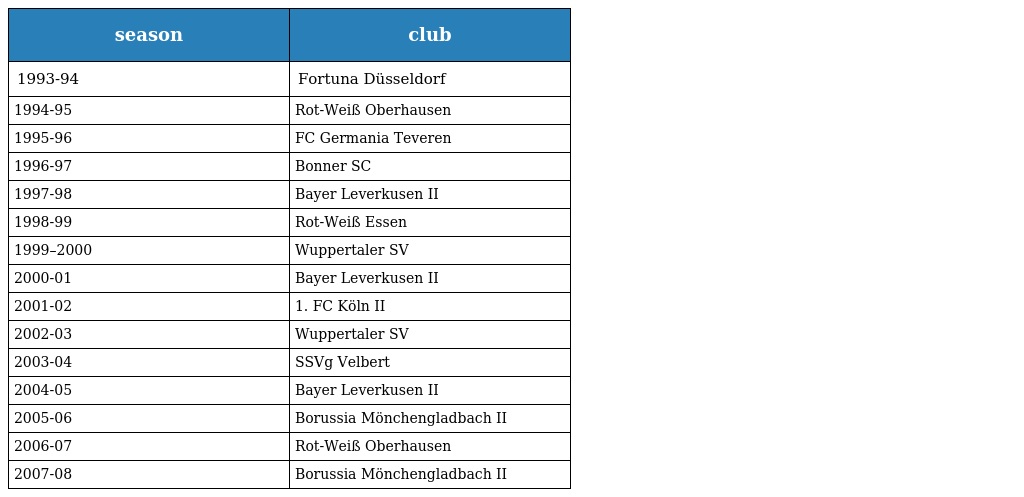
| season | club |
 | --- | --- |
 | 1993-94 | Fortuna Düsseldorf |
 | 1994-95 | Rot-Weiß Oberhausen |
 | 1995-96 | FC Germania Teveren |
 | 1996-97 | Bonner SC |
 | 1997-98 | Bayer Leverkusen II |
 | 1998-99 | Rot-Weiß Essen |
 | 1999–2000 | Wuppertaler SV |
 | 2000-01 | Bayer Leverkusen II |
 | 2001-02 | 1. FC Köln II |
 | 2002-03 | Wuppertaler SV |
 | 2003-04 | SSVg Velbert |
 | 2004-05 | Bayer Leverkusen II |
 | 2005-06 | Borussia Mönchengladbach II |
 | 2006-07 | Rot-Weiß Oberhausen |
 | 2007-08 | Borussia Mönchengladbach II |